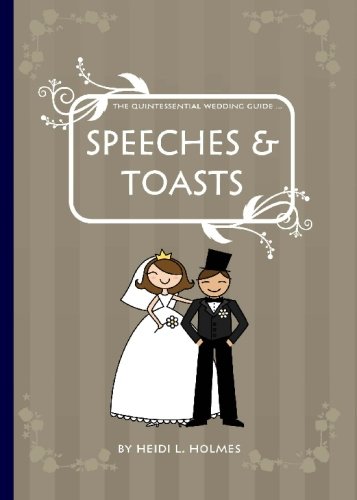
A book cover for The Quintessential Wedding Guide ... Speeches & Toasts; Heidi L Holmes; Crafts, Hobbies & Home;